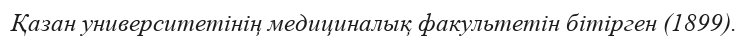
Қазан университетінің медициналық факультетін бітірген (1899).